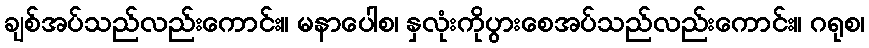
ချစ်အပ်သည်လည်းကောင်း။ မနာပေါစ၊ နှလုံးကိုပွားစေအပ်သည်လည်းကောင်း။ ဂရုစ၊